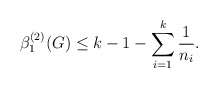
\begin{align*} \beta_{1}^{(2)}(G) \leq k - 1 - \sum_{i=1}^k \frac1{n_i}.\end{align*}